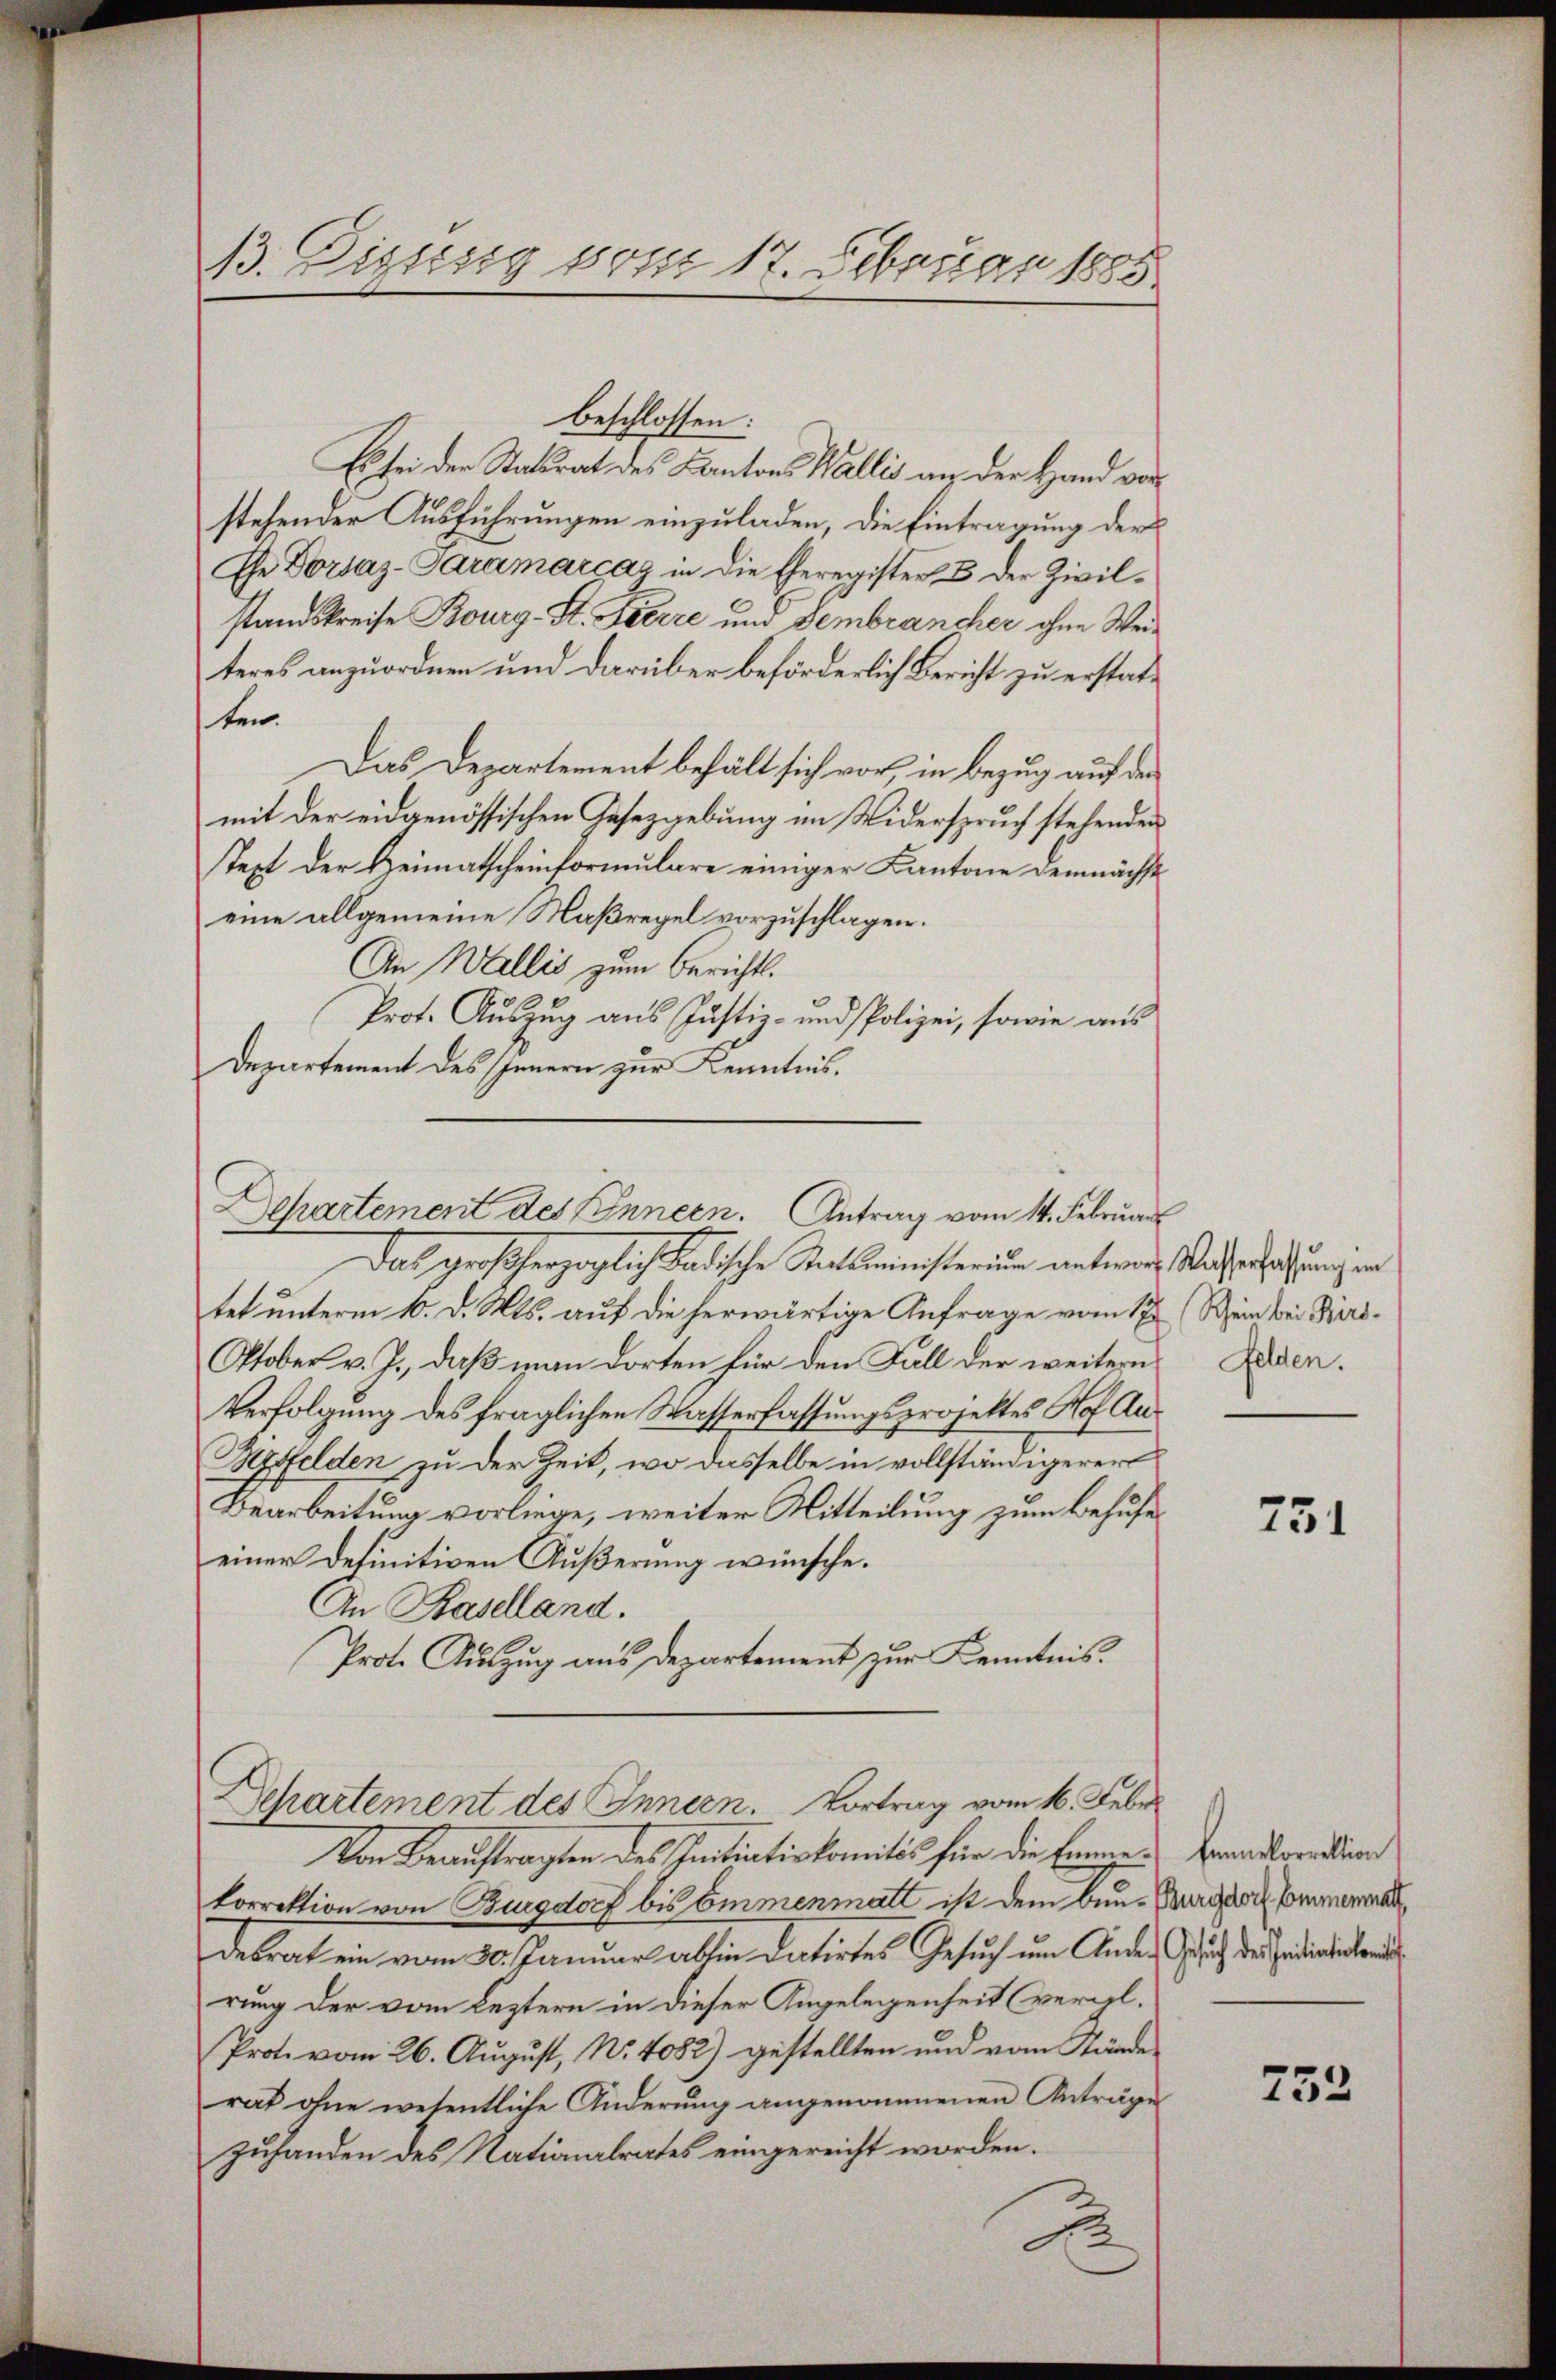
B. Disssig vom 17. Februar 1885

Es sei der Stadtrat des Kantons Wallis an der Hand vor
stehender Ausführungen einzuladen, die Eintragung der
Ehe Dorsaz-Paramarcaz in die Eheregister & der Zivilstandskreise Bourg-St. Pecere und Fembrancher ohne Weiteres anzuordnen und darüber beförderlich Bericht zu erstatten.
Das Departement behält sich vor, in Bezug auf den
mit der eidgenössischen Gesetzgebung im Widerspruch stehenden
text der Heimatscheinformulare einiger Kantone demnächst
eine allgemeine Maßregel vorzuschlagen.
An Wallis zum Berichts¬
Prot. Auszug aus Justiz- und Polizei, sowie aus
Departement des Innern zur Kenntnis.

beschlossen:

Departement des Innern. Antrag vom 14. Februar

Das großherzoglich badische Staatsministerium unterer Vatersatzung in
tet unterm 10. d. Mts. auf die herwärtige Anfrage vom 12 (Sein bei Bird¬
Oktober v. J., daß man dorten für den Fall der weitern Laden.
Verfolgung des fraglichen Wasserfassungsprojektes Hof An¬
Hyffelden zu der Zeit, wo dasselbe in vollständigerer
Bearbeitung vorliege, weiter Mitteilung zum Behufes
einer definitiven Äußerung wünsche.
An Kaselland.
Prote Auszug aus Departement zur Kenntnis.

Departement des Innern. Vortrag vom 16. Febr.
Von Beauftragten des Initiativkomités für die Eine Francordin

korrektion von Burgdorf bis Emmenmatt ist dem ben-Burgeris Commenmar
desrat ein vom 30. Januar abhin datirtes Gesuch um Ander Gesuch des Indiaterland
rung der vom Leztern in dieser Angelegenheit (vergl.
Prot. vom 26. August, No. 4052) gestellten und vom Stände
rat ohne wesentliche Änderung angenommenen Anträge
zuhanden des Nationalrates eingereicht worden.
A

731

752